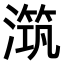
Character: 𣽆